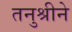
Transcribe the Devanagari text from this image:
तनुश्रीने